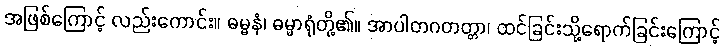
အဖြစ်ကြောင့် လည်းကောင်း။ ဓမ္မနံ၊ ဓမ္မာရုံတို့၏။ အာပါတဂတတ္တာ၊ ထင်ခြင်းသို့ရောက်ခြင်းကြောင့်